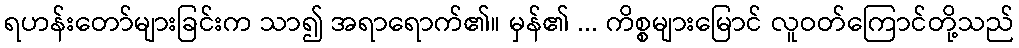
ရဟန်းတော်များခြင်းက သာ၍ အရာရောက်၏။ မှန်၏ ... ကိစ္စများမြောင် လူဝတ်ကြောင်တို့သည်